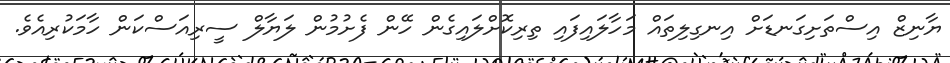
ޔާނިޒް އިސްތަށިގަނޑަށް އިނގިލިތައް މަހާލައިފައި ތިރިކޮށްލައިގެން ހޭން ފެށުމުން ލަޔާލް ސީރިއަސްކަން ހާމަކުރިއެވެ.